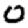
Digit: 0